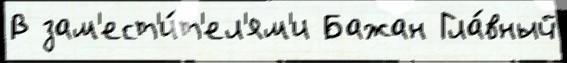
В зам'ест'и́т'ел'ям'и Бажан Гла́вный